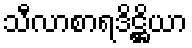
သီလာစာရဒိဋ္ဌိယာ